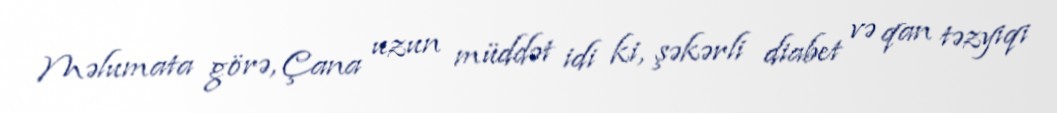
Məlumata görə, Çana uzun müddət idi ki, şəkərli diabet və qan təzyiqi